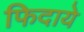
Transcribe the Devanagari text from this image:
फिदाये